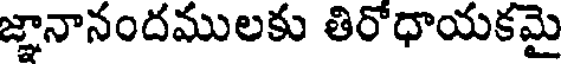
జ్ఞానానందములకు తిరోధాయకమై